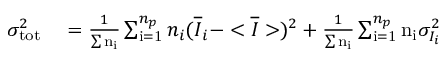
\begin{array} { r l } { \sigma _ { \mathrm { t o t } } ^ { 2 } } & { { } = \frac { 1 } { \sum { \mathrm { n _ { i } } } } \sum _ { \mathrm { i = 1 } } ^ { n _ { p } } n _ { i } ( \overline { { I } } _ { i } - < \overline { { I } } > ) ^ { 2 } + \frac { 1 } { \sum { \mathrm { n _ { i } } } } \sum _ { \mathrm { i = 1 } } ^ { n _ { p } } \mathrm { n _ { i } } \sigma _ { I _ { i } } ^ { 2 } } \end{array}